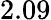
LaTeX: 2.09